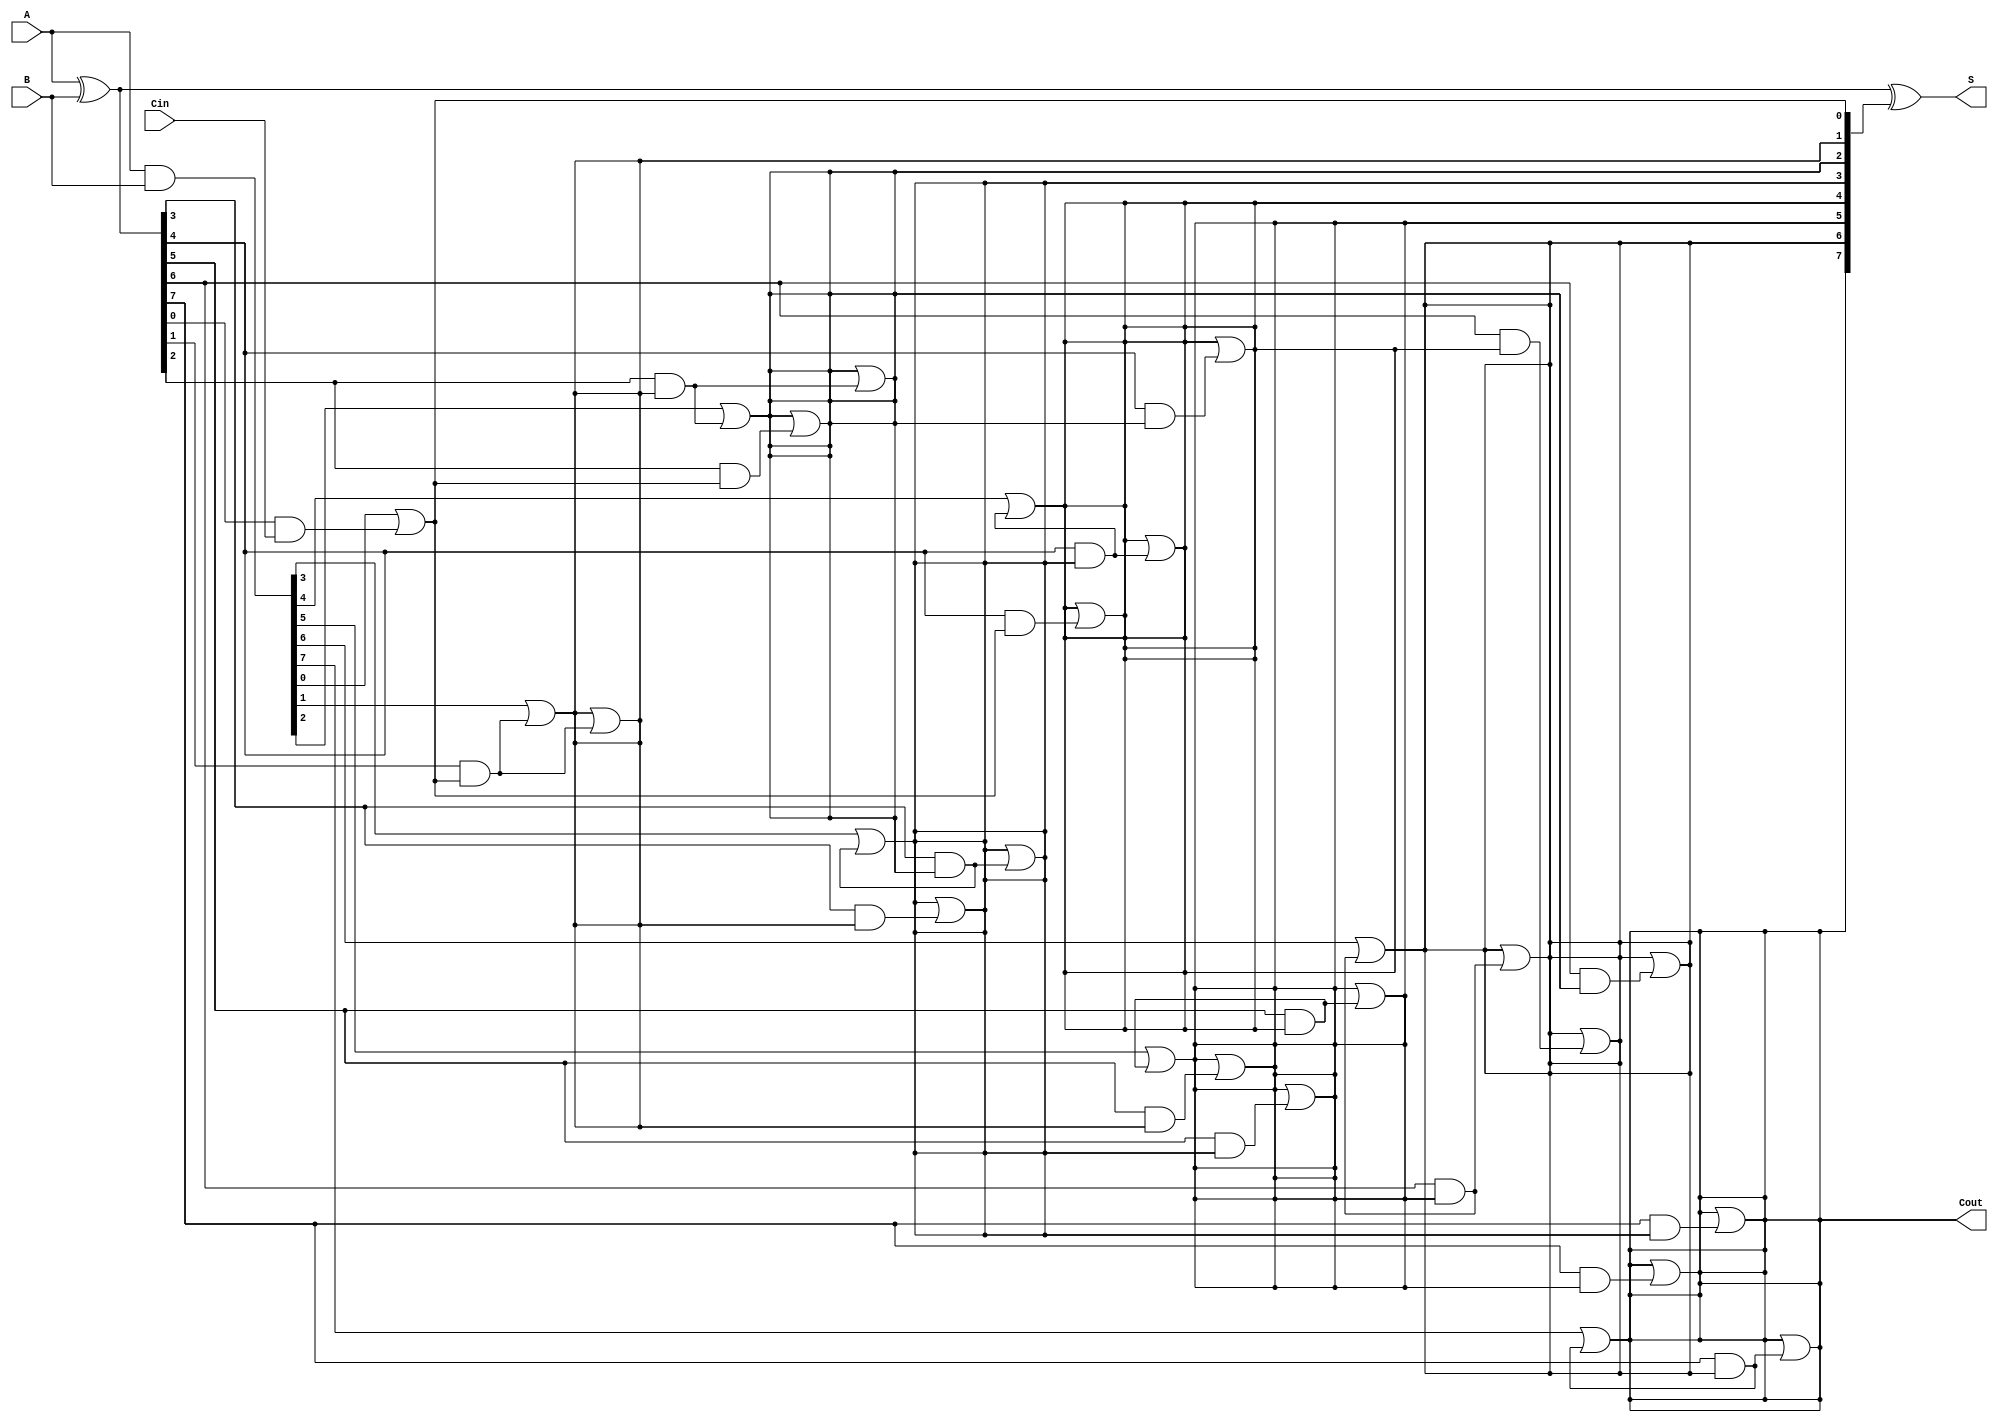
module brent_kung_adder #(parameter N = 8) (
    input  [N-1:0] A,      // First operand
    input  [N-1:0] B,      // Second operand
    input         Cin,      // Carry-in
    output [N-1:0] S,      // Sum output
    output        Cout      // Carry-out
);

    // Generate and Propagate signals
    wire [N-1:0] G; // Generate
    wire [N-1:0] P; // Propagate
    wire [N:0] C;    // Carry signals

    // Generate and Propagate logic
    assign G = A & B;          // G[i] = A[i] & B[i]
    assign P = A ^ B;          // P[i] = A[i] ^ B[i]

    // Carry signals initialization
    assign C[0] = Cin;         // C[0] = Cin

    // Brent-Kung carry generation
    genvar i, j;
    generate
        // Level 1
        for (i = 0; i < N; i = i + 1) begin : level1
            assign C[i+1] = G[i] | (P[i] & C[i]);
        end

        // Additional levels for Brent-Kung
        for (j = 1; j < N; j = j * 2) begin : levels
            for (i = 0; i < N; i = i + 1) begin : carry_gen
                if (i >= j) begin
                    assign C[i+1] = C[i+1] | (P[i] & C[i-j+1]);
                end
            end
        end
    endgenerate

    // Sum calculation
    assign S = P ^ C[N:1]; // S[i] = P[i] ^ C[i]

    // Carry-out
    assign Cout = C[N];

endmodule